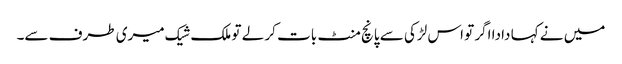
میں نے کہا دادا اگر تو اس لڑکی سے پانچ منٹ بات کر لے تو ملک شیک میری طرف سے۔